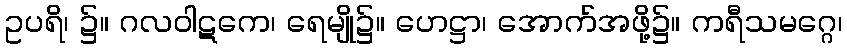
ဥပရိ၊ ၌။ ဂလဝါဋကေ၊ ရေမျို၌။ ဟေဋ္ဌာ၊ အောက်အဖို့၌။ ကရီသမဂ္ဂေ၊